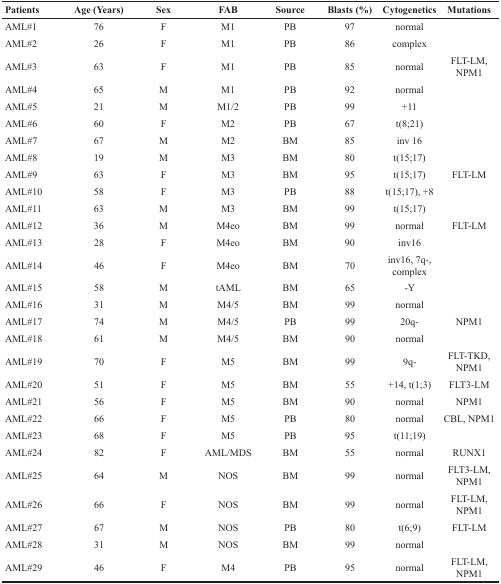
<table><thead><tr><td><b>Patients</b></td><td><b>Age (Years)</b></td><td><b>Sex</b></td><td><b>FAB</b></td><td><b>Source</b></td><td><b>Blasts (%)</b></td><td><b>Cytogenetics</b></td><td><b>Mutations</b></td></tr></thead><tbody><tr><td>AML#1</td><td>76</td><td>F</td><td>M1</td><td>PB</td><td>97</td><td>normal</td><td></td></tr><tr><td>AML#2</td><td>26</td><td>F</td><td>M1</td><td>PB</td><td>86</td><td>complex</td><td></td></tr><tr><td>AML#3</td><td>63</td><td>F</td><td>M1</td><td>PB</td><td>85</td><td>normal</td><td>FLT-LM, NPM1</td></tr><tr><td>AML#4</td><td>65</td><td>M</td><td>M1</td><td>PB</td><td>92</td><td>normal</td><td></td></tr><tr><td>AML#5</td><td>21</td><td>M</td><td>M1/2</td><td>PB</td><td>99</td><td>+11</td><td></td></tr><tr><td>AML#6</td><td>60</td><td>F</td><td>M2</td><td>PB</td><td>67</td><td>t(8;21)</td><td></td></tr><tr><td>AML#7</td><td>67</td><td>M</td><td>M2</td><td>BM</td><td>85</td><td>inv 16</td><td></td></tr><tr><td>AML#8</td><td>19</td><td>M</td><td>M3</td><td>BM</td><td>80</td><td>t(15;17)</td><td></td></tr><tr><td>AML#9</td><td>63</td><td>F</td><td>M3</td><td>BM</td><td>95</td><td>t(15;17)</td><td>FLT-LM</td></tr><tr><td>AML#10</td><td>58</td><td>F</td><td>M3</td><td>PB</td><td>88</td><td>t(15;17), +8</td><td></td></tr><tr><td>AML#11</td><td>63</td><td>M</td><td>M3</td><td>BM</td><td>99</td><td>t(15;17)</td><td></td></tr><tr><td>AML#12</td><td>36</td><td>M</td><td>M4eo</td><td>BM</td><td>99</td><td>normal</td><td>FLT-LM</td></tr><tr><td>AML#13</td><td>28</td><td>F</td><td>M4eo</td><td>BM</td><td>90</td><td>inv16</td><td></td></tr><tr><td>AML#14</td><td>46</td><td>F</td><td>M4eo</td><td>BM</td><td>70</td><td>inv16, 7q-, complex</td><td></td></tr><tr><td>AML#15</td><td>58</td><td>M</td><td>tAML</td><td>BM</td><td>65</td><td>-Y</td><td></td></tr><tr><td>AML#16</td><td>31</td><td>M</td><td>M4/5</td><td>BM</td><td>99</td><td>normal</td><td></td></tr><tr><td>AML#17</td><td>74</td><td>M</td><td>M4/5</td><td>PB</td><td>99</td><td>20q-</td><td>NPM1</td></tr><tr><td>AML#18</td><td>61</td><td>M</td><td>M4/5</td><td>BM</td><td>90</td><td>normal</td><td></td></tr><tr><td>AML#19</td><td>70</td><td>F</td><td>M5</td><td>BM</td><td>99</td><td>9q-</td><td>FLT-TKD, NPM1</td></tr><tr><td>AML#20</td><td>51</td><td>F</td><td>M5</td><td>BM</td><td>55</td><td>+14, t(1;3)</td><td>FLT3-LM</td></tr><tr><td>AML#21</td><td>56</td><td>F</td><td>M5</td><td>BM</td><td>90</td><td>normal</td><td>NPM1</td></tr><tr><td>AML#22</td><td>66</td><td>F</td><td>M5</td><td>PB</td><td>80</td><td>normal</td><td>CBL, NPM1</td></tr><tr><td>AML#23</td><td>68</td><td>F</td><td>M5</td><td>PB</td><td>95</td><td>t(11;19)</td><td></td></tr><tr><td>AML#24</td><td>82</td><td>F</td><td>AML/MDS</td><td>BM</td><td>55</td><td>normal</td><td>RUNX1</td></tr><tr><td>AML#25</td><td>64</td><td>M</td><td>NOS</td><td>BM</td><td>99</td><td>normal</td><td>FLT3-LM, NPM1</td></tr><tr><td>AML#26</td><td>66</td><td>F</td><td>NOS</td><td>BM</td><td>99</td><td>normal</td><td>FLT-LM, NPM1</td></tr><tr><td>AML#27</td><td>67</td><td>M</td><td>NOS</td><td>PB</td><td>80</td><td>t(6;9)</td><td>FLT-LM</td></tr><tr><td>AML#28</td><td>31</td><td>M</td><td>NOS</td><td>BM</td><td>99</td><td>normal</td><td></td></tr><tr><td>AML#29</td><td>46</td><td>F</td><td>M4</td><td>PB</td><td>95</td><td>normal</td><td>FLT-LM, NPM1</td></tr></tbody></table>